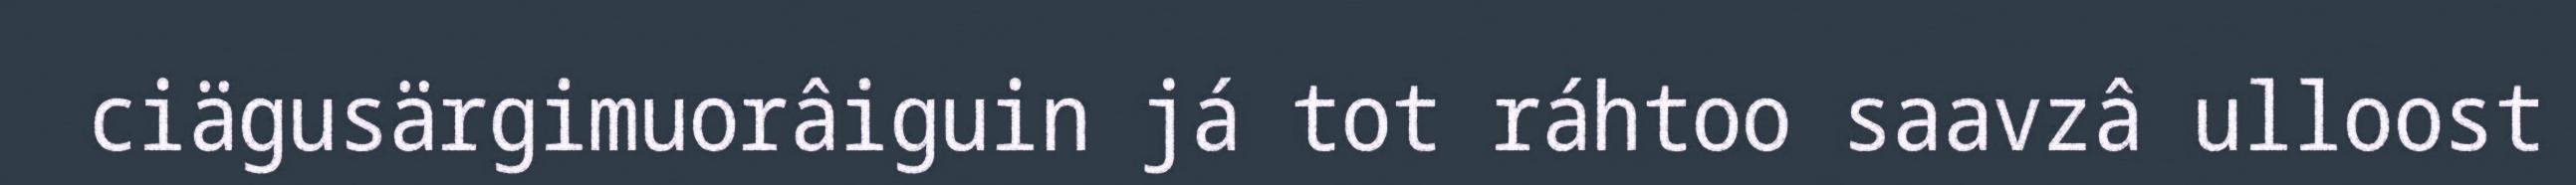
ciägusärgimuorâiguin já tot ráhtoo saavzâ ulloost